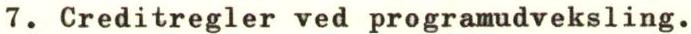
7. Creditregler ved programudveksling.